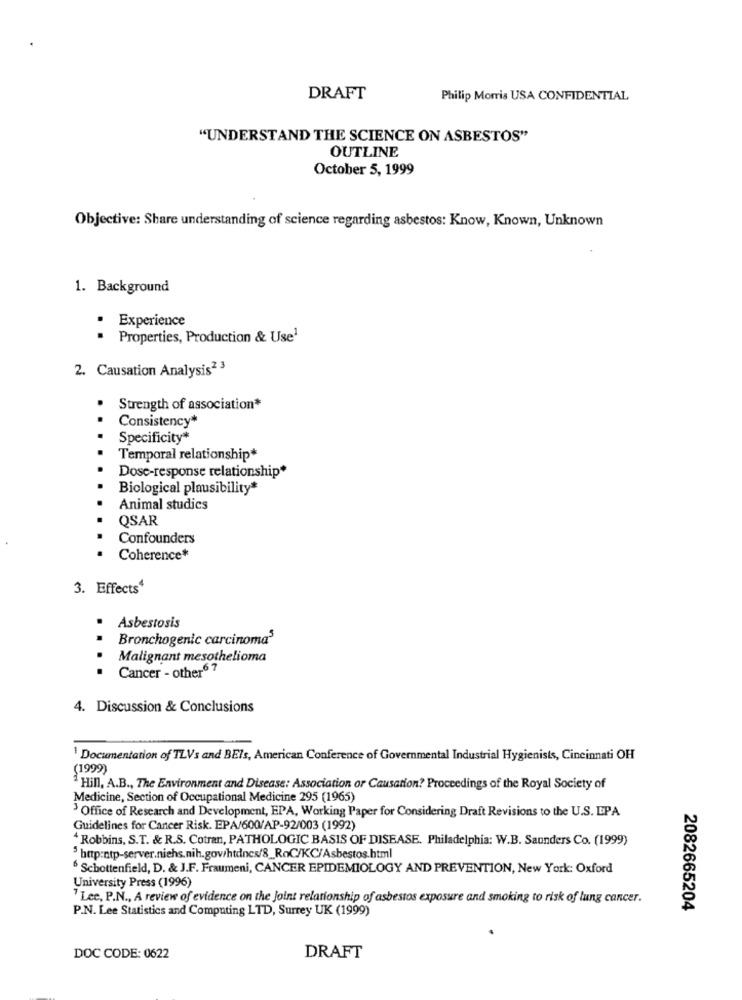
DRAFT
Philip Morris USA CONFIDENTIAL
"UNDERSTAND THE SCIENCE ON ASBESTOS"
OUTLINE
October 5, 1999
Objective: Share understanding of science regarding asbestos: Know, Known, Unknown
1. Background
Experience
.
· Properties, Production & Use1
2. Causation Analysis23
Strength of association*
Consistency*
Specificity*
Temporal relationship*
Dose-response relationship*
Biological plausibility*
Animal studies
QSAR
Confounders
Coherence*
3. Effects4
Asbestosis
Bronchogenic carcinoma'
Malignant mesothelioma
Cancer - other6 ?
4. Discussion & Conclusions
Documentation of TLVs and BEIs, American Conference of Governmental Industrial Hygienists, Cincinnati OH
(1999)
Hill, A.B ., The Environment and Disease: Association or Causation? Proceedings of the Royal Society of
Medicine, Section of Occupational Medicine 295 (1965)
Office of Research and Development, EPA, Working Paper for Considering Draft Revisions to the U.S. EPA
Guidelines for Cancer Risk. EPA/600/AP-92/003 (1992)
Robbins, S.T. & R.S. Cotran, PATHOLOGIC BASIS OF DISEASE. Philadelphia: W.B. Saunders Co. (1999)
$ http:ntp-server.niehs.nih.gov/htdocs/8_RoC/KC/Asbestos.html
Schottenfield, D. & J.F. Fraumeni, CANCER EPIDEMIOLOGY AND PREVENTION, New York: Oxford
University Press (1996)
" Lee, P.N ., A review of evidence on the Joint relationship of asbestos exposure and smoking to risk of lung cancer.
P.N. Lee Statistics and Computing LTD, Surrey UK (1999)
2082665204
DOC CODE: 0622
DRAFT